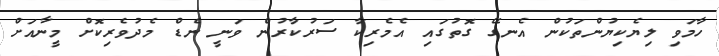
ހާމަވި ލިޔެކިޔުންތަކުން އެނގޭ ގޮތުގައި އެމެރިކާ ސަރުކާރުން ވަނީ ނެޑް މެދުވެރިކޮށް މީނާއަށް